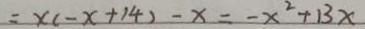
= x ( - x + 1 4 ) - x = - x ^ { 2 } + 1 3 x